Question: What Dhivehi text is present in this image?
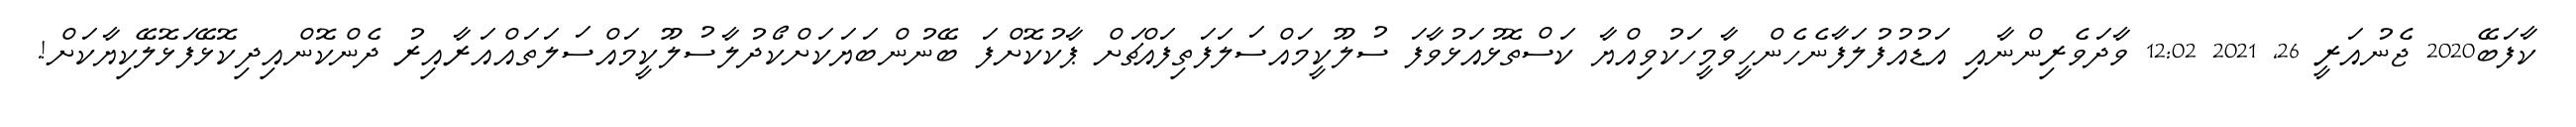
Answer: ކާފަބޭ2020 ޖެނުއަރީ 26, 2021 12:02 ވާދަވެރިންނާއި އަޑުއުފުލަފާނެހެންހީވާމީހަކުވިއްޔާ ކަސްތޮޅުއަޅުވާފަ ސުލޫކީމައްސަލަފަތިފައްޗަށް ޕާކުކޮށްފަ ބޭނުންބަޔަކަށްކޯދުލާސުލޫކީމައްސަލަތައްއަރާއިރު ދެންކޮންއިދިކޮޅޭފަޅޮލޭކިޔާކަށް!.